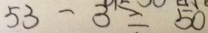
5 3 - 3 = 5 0